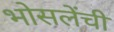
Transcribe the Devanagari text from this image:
भोसलेंची